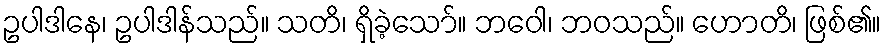
ဥပါဒါနေ၊ ဥပါဒါန်သည်။ သတိ၊ ရှိခဲ့သော်။ ဘဝေါ၊ ဘဝသည်။ ဟောတိ၊ ဖြစ်၏။